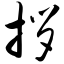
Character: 拶